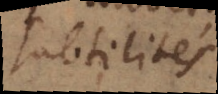
subtilités